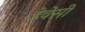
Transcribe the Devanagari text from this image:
डेवेसी